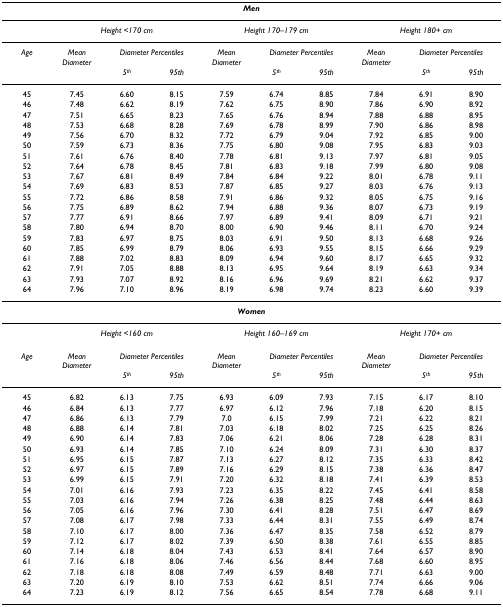
<table><thead><tr><td colspan="10"><b><i>Men</i></b></td></tr></thead><tbody><tr><td></td><td colspan="3"><i>Height &lt;170 cm</i></td><td colspan="3"><i>Height 170–179 cm</i></td><td colspan="3"><i>Height 180+ cm</i></td></tr><tr><td><i>Age</i></td><td><i>Mean Diameter</i></td><td colspan="2"><i>Diameter Percentiles</i></td><td><i>Mean Diameter</i></td><td colspan="2"><i>Diameter Percentiles</i></td><td><i>Mean Diameter</i></td><td colspan="2"><i>Diameter Percentiles</i></td></tr><tr><td></td><td></td><td><i>5</i><sup><i>th</i></sup></td><td><i>95th</i></td><td></td><td><i>5</i><sup><i>th</i></sup></td><td><i>95th</i></td><td></td><td><i>5</i><sup><i>th</i></sup></td><td><i>95th</i></td></tr><tr><td>45</td><td>7.45</td><td>6.60</td><td>8.15</td><td>7.59</td><td>6.74</td><td>8.85</td><td>7.84</td><td>6.91</td><td>8.90</td></tr><tr><td>46</td><td>7.48</td><td>6.62</td><td>8.19</td><td>7.62</td><td>6.75</td><td>8.90</td><td>7.86</td><td>6.90</td><td>8.92</td></tr><tr><td>47</td><td>7.51</td><td>6.65</td><td>8.23</td><td>7.65</td><td>6.76</td><td>8.94</td><td>7.88</td><td>6.88</td><td>8.95</td></tr><tr><td>48</td><td>7.53</td><td>6.68</td><td>8.28</td><td>7.69</td><td>6.78</td><td>8.99</td><td>7.90</td><td>6.86</td><td>8.98</td></tr><tr><td>49</td><td>7.56</td><td>6.70</td><td>8.32</td><td>7.72</td><td>6.79</td><td>9.04</td><td>7.92</td><td>6.85</td><td>9.00</td></tr><tr><td>50</td><td>7.59</td><td>6.73</td><td>8.36</td><td>7.75</td><td>6.80</td><td>9.08</td><td>7.95</td><td>6.83</td><td>9.03</td></tr><tr><td>51</td><td>7.61</td><td>6.76</td><td>8.40</td><td>7.78</td><td>6.81</td><td>9.13</td><td>7.97</td><td>6.81</td><td>9.05</td></tr><tr><td>52</td><td>7.64</td><td>6.78</td><td>8.45</td><td>7.81</td><td>6.83</td><td>9.18</td><td>7.99</td><td>6.80</td><td>9.08</td></tr><tr><td>53</td><td>7.67</td><td>6.81</td><td>8.49</td><td>7.84</td><td>6.84</td><td>9.22</td><td>8.01</td><td>6.78</td><td>9.11</td></tr><tr><td>54</td><td>7.69</td><td>6.83</td><td>8.53</td><td>7.87</td><td>6.85</td><td>9.27</td><td>8.03</td><td>6.76</td><td>9.13</td></tr><tr><td>55</td><td>7.72</td><td>6.86</td><td>8.58</td><td>7.91</td><td>6.86</td><td>9.32</td><td>8.05</td><td>6.75</td><td>9.16</td></tr><tr><td>56</td><td>7.75</td><td>6.89</td><td>8.62</td><td>7.94</td><td>6.88</td><td>9.36</td><td>8.07</td><td>6.73</td><td>9.19</td></tr><tr><td>57</td><td>7.77</td><td>6.91</td><td>8.66</td><td>7.97</td><td>6.89</td><td>9.41</td><td>8.09</td><td>6.71</td><td>9.21</td></tr><tr><td>58</td><td>7.80</td><td>6.94</td><td>8.70</td><td>8.00</td><td>6.90</td><td>9.46</td><td>8.11</td><td>6.70</td><td>9.24</td></tr><tr><td>59</td><td>7.83</td><td>6.97</td><td>8.75</td><td>8.03</td><td>6.91</td><td>9.50</td><td>8.13</td><td>6.68</td><td>9.26</td></tr><tr><td>60</td><td>7.85</td><td>6.99</td><td>8.79</td><td>8.06</td><td>6.93</td><td>9.55</td><td>8.15</td><td>6.66</td><td>9.29</td></tr><tr><td>61</td><td>7.88</td><td>7.02</td><td>8.83</td><td>8.09</td><td>6.94</td><td>9.60</td><td>8.17</td><td>6.65</td><td>9.32</td></tr><tr><td>62</td><td>7.91</td><td>7.05</td><td>8.88</td><td>8.13</td><td>6.95</td><td>9.64</td><td>8.19</td><td>6.63</td><td>9.34</td></tr><tr><td>63</td><td>7.93</td><td>7.07</td><td>8.92</td><td>8.16</td><td>6.96</td><td>9.69</td><td>8.21</td><td>6.62</td><td>9.37</td></tr><tr><td>64</td><td>7.96</td><td>7.10</td><td>8.96</td><td>8.19</td><td>6.98</td><td>9.74</td><td>8.23</td><td>6.60</td><td>9.39</td></tr><tr><td colspan="10"><b><i>Women</i></b></td></tr><tr><td></td><td colspan="3"><i>Height &lt;160 cm</i></td><td colspan="3"><i>Height 160–169 cm</i></td><td colspan="3"><i>Height 170+ cm</i></td></tr><tr><td><i>Age</i></td><td><i>Mean Diameter</i></td><td colspan="2"><i>Diameter Percentiles</i></td><td><i>Mean Diameter</i></td><td colspan="2"><i>Diameter Percentiles</i></td><td><i>Mean Diameter</i></td><td colspan="2"><i>Diameter Percentiles</i></td></tr><tr><td></td><td></td><td><i>5</i><sup><i>th</i></sup></td><td><i>95th</i></td><td></td><td><i>5</i><sup><i>th</i></sup></td><td><i>95th</i></td><td></td><td><i>5</i><sup><i>th</i></sup></td><td><i>95th</i></td></tr><tr><td>45</td><td>6.82</td><td>6.13</td><td>7.75</td><td>6.93</td><td>6.09</td><td>7.93</td><td>7.15</td><td>6.17</td><td>8.10</td></tr><tr><td>46</td><td>6.84</td><td>6.13</td><td>7.77</td><td>6.97</td><td>6.12</td><td>7.96</td><td>7.18</td><td>6.20</td><td>8.15</td></tr><tr><td>47</td><td>6.86</td><td>6.13</td><td>7.79</td><td>7.0</td><td>6.15</td><td>7.99</td><td>7.21</td><td>6.22</td><td>8.21</td></tr><tr><td>48</td><td>6.88</td><td>6.14</td><td>7.81</td><td>7.03</td><td>6.18</td><td>8.02</td><td>7.25</td><td>6.25</td><td>8.26</td></tr><tr><td>49</td><td>6.90</td><td>6.14</td><td>7.83</td><td>7.06</td><td>6.21</td><td>8.06</td><td>7.28</td><td>6.28</td><td>8.31</td></tr><tr><td>50</td><td>6.93</td><td>6.14</td><td>7.85</td><td>7.10</td><td>6.24</td><td>8.09</td><td>7.31</td><td>6.30</td><td>8.37</td></tr><tr><td>51</td><td>6.95</td><td>6.15</td><td>7.87</td><td>7.13</td><td>6.27</td><td>8.12</td><td>7.35</td><td>6.33</td><td>8.42</td></tr><tr><td>52</td><td>6.97</td><td>6.15</td><td>7.89</td><td>7.16</td><td>6.29</td><td>8.15</td><td>7.38</td><td>6.36</td><td>8.47</td></tr><tr><td>53</td><td>6.99</td><td>6.15</td><td>7.91</td><td>7.20</td><td>6.32</td><td>8.18</td><td>7.41</td><td>6.39</td><td>8.53</td></tr><tr><td>54</td><td>7.01</td><td>6.16</td><td>7.93</td><td>7.23</td><td>6.35</td><td>8.22</td><td>7.45</td><td>6.41</td><td>8.58</td></tr><tr><td>55</td><td>7.03</td><td>6.16</td><td>7.94</td><td>7.26</td><td>6.38</td><td>8.25</td><td>7.48</td><td>6.44</td><td>8.63</td></tr><tr><td>56</td><td>7.05</td><td>6.16</td><td>7.96</td><td>7.30</td><td>6.41</td><td>8.28</td><td>7.51</td><td>6.47</td><td>8.69</td></tr><tr><td>57</td><td>7.08</td><td>6.17</td><td>7.98</td><td>7.33</td><td>6.44</td><td>8.31</td><td>7.55</td><td>6.49</td><td>8.74</td></tr><tr><td>58</td><td>7.10</td><td>6.17</td><td>8.00</td><td>7.36</td><td>6.47</td><td>8.35</td><td>7.58</td><td>6.52</td><td>8.79</td></tr><tr><td>59</td><td>7.12</td><td>6.17</td><td>8.02</td><td>7.39</td><td>6.50</td><td>8.38</td><td>7.61</td><td>6.55</td><td>8.85</td></tr><tr><td>60</td><td>7.14</td><td>6.18</td><td>8.04</td><td>7.43</td><td>6.53</td><td>8.41</td><td>7.64</td><td>6.57</td><td>8.90</td></tr><tr><td>61</td><td>7.16</td><td>6.18</td><td>8.06</td><td>7.46</td><td>6.56</td><td>8.44</td><td>7.68</td><td>6.60</td><td>8.95</td></tr><tr><td>62</td><td>7.18</td><td>6.18</td><td>8.08</td><td>7.49</td><td>6.59</td><td>8.48</td><td>7.71</td><td>6.63</td><td>9.00</td></tr><tr><td>63</td><td>7.20</td><td>6.19</td><td>8.10</td><td>7.53</td><td>6.62</td><td>8.51</td><td>7.74</td><td>6.66</td><td>9.06</td></tr><tr><td>64</td><td>7.23</td><td>6.19</td><td>8.12</td><td>7.56</td><td>6.65</td><td>8.54</td><td>7.78</td><td>6.68</td><td>9.11</td></tr></tbody></table>